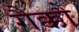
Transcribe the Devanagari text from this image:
गैक्को